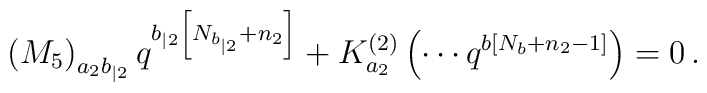
\left( M_{5}\right) _{a_{2}b_{|2}}q^{b_{|2}\left[ N_{b_{|2}}+n_{2}\right]}+K_{a_{2}}^{\left( 2\right) }\left( \cdots q^{b\left[ N_{b}+n_{2}-1\right]}\right) =0\,.